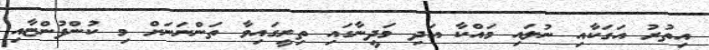
އިތުރު އަގަކާއި ނުލައި މައްކާ އަދި މަދީނާގައި ތިރީގައިވާ ތަންނަނަށް މި ކުންފުންޏާއި